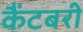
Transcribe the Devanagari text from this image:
कैंटबरी